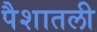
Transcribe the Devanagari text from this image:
पैशातली